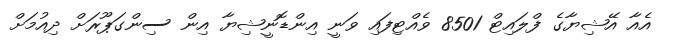
އެއާ އޭޝިޔާގެ ފްލައިޓް 8501 ވެއްޓިފައި ވަނީ އިންޑޮނީޝިޔާ އިން ސިންގަޕޫރަށް ދިއުމަށް